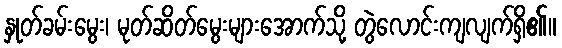
နှုတ်ခမ်းမွေး၊ မုတ်ဆိတ်မွေးများအောက်သို့ တွဲလောင်းကျလျက်ရှိ၏။